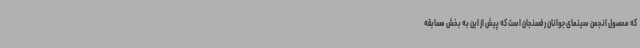
که محصول انجمن سینمای جوانان رفسنجان است که پیش از این به بخش مسابقه